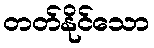
တတ်နိုင်သော